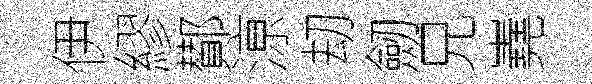
伊繆鄼鿌刧劒兄嶤